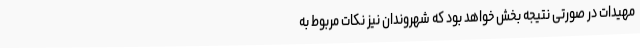
مهیدات در صورتی نتیجه بخش خواهد بود که شهروندان نیز نکات مربوط به